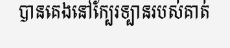
បានគេងនៅក្បែរទ្បានរបស់គាត់